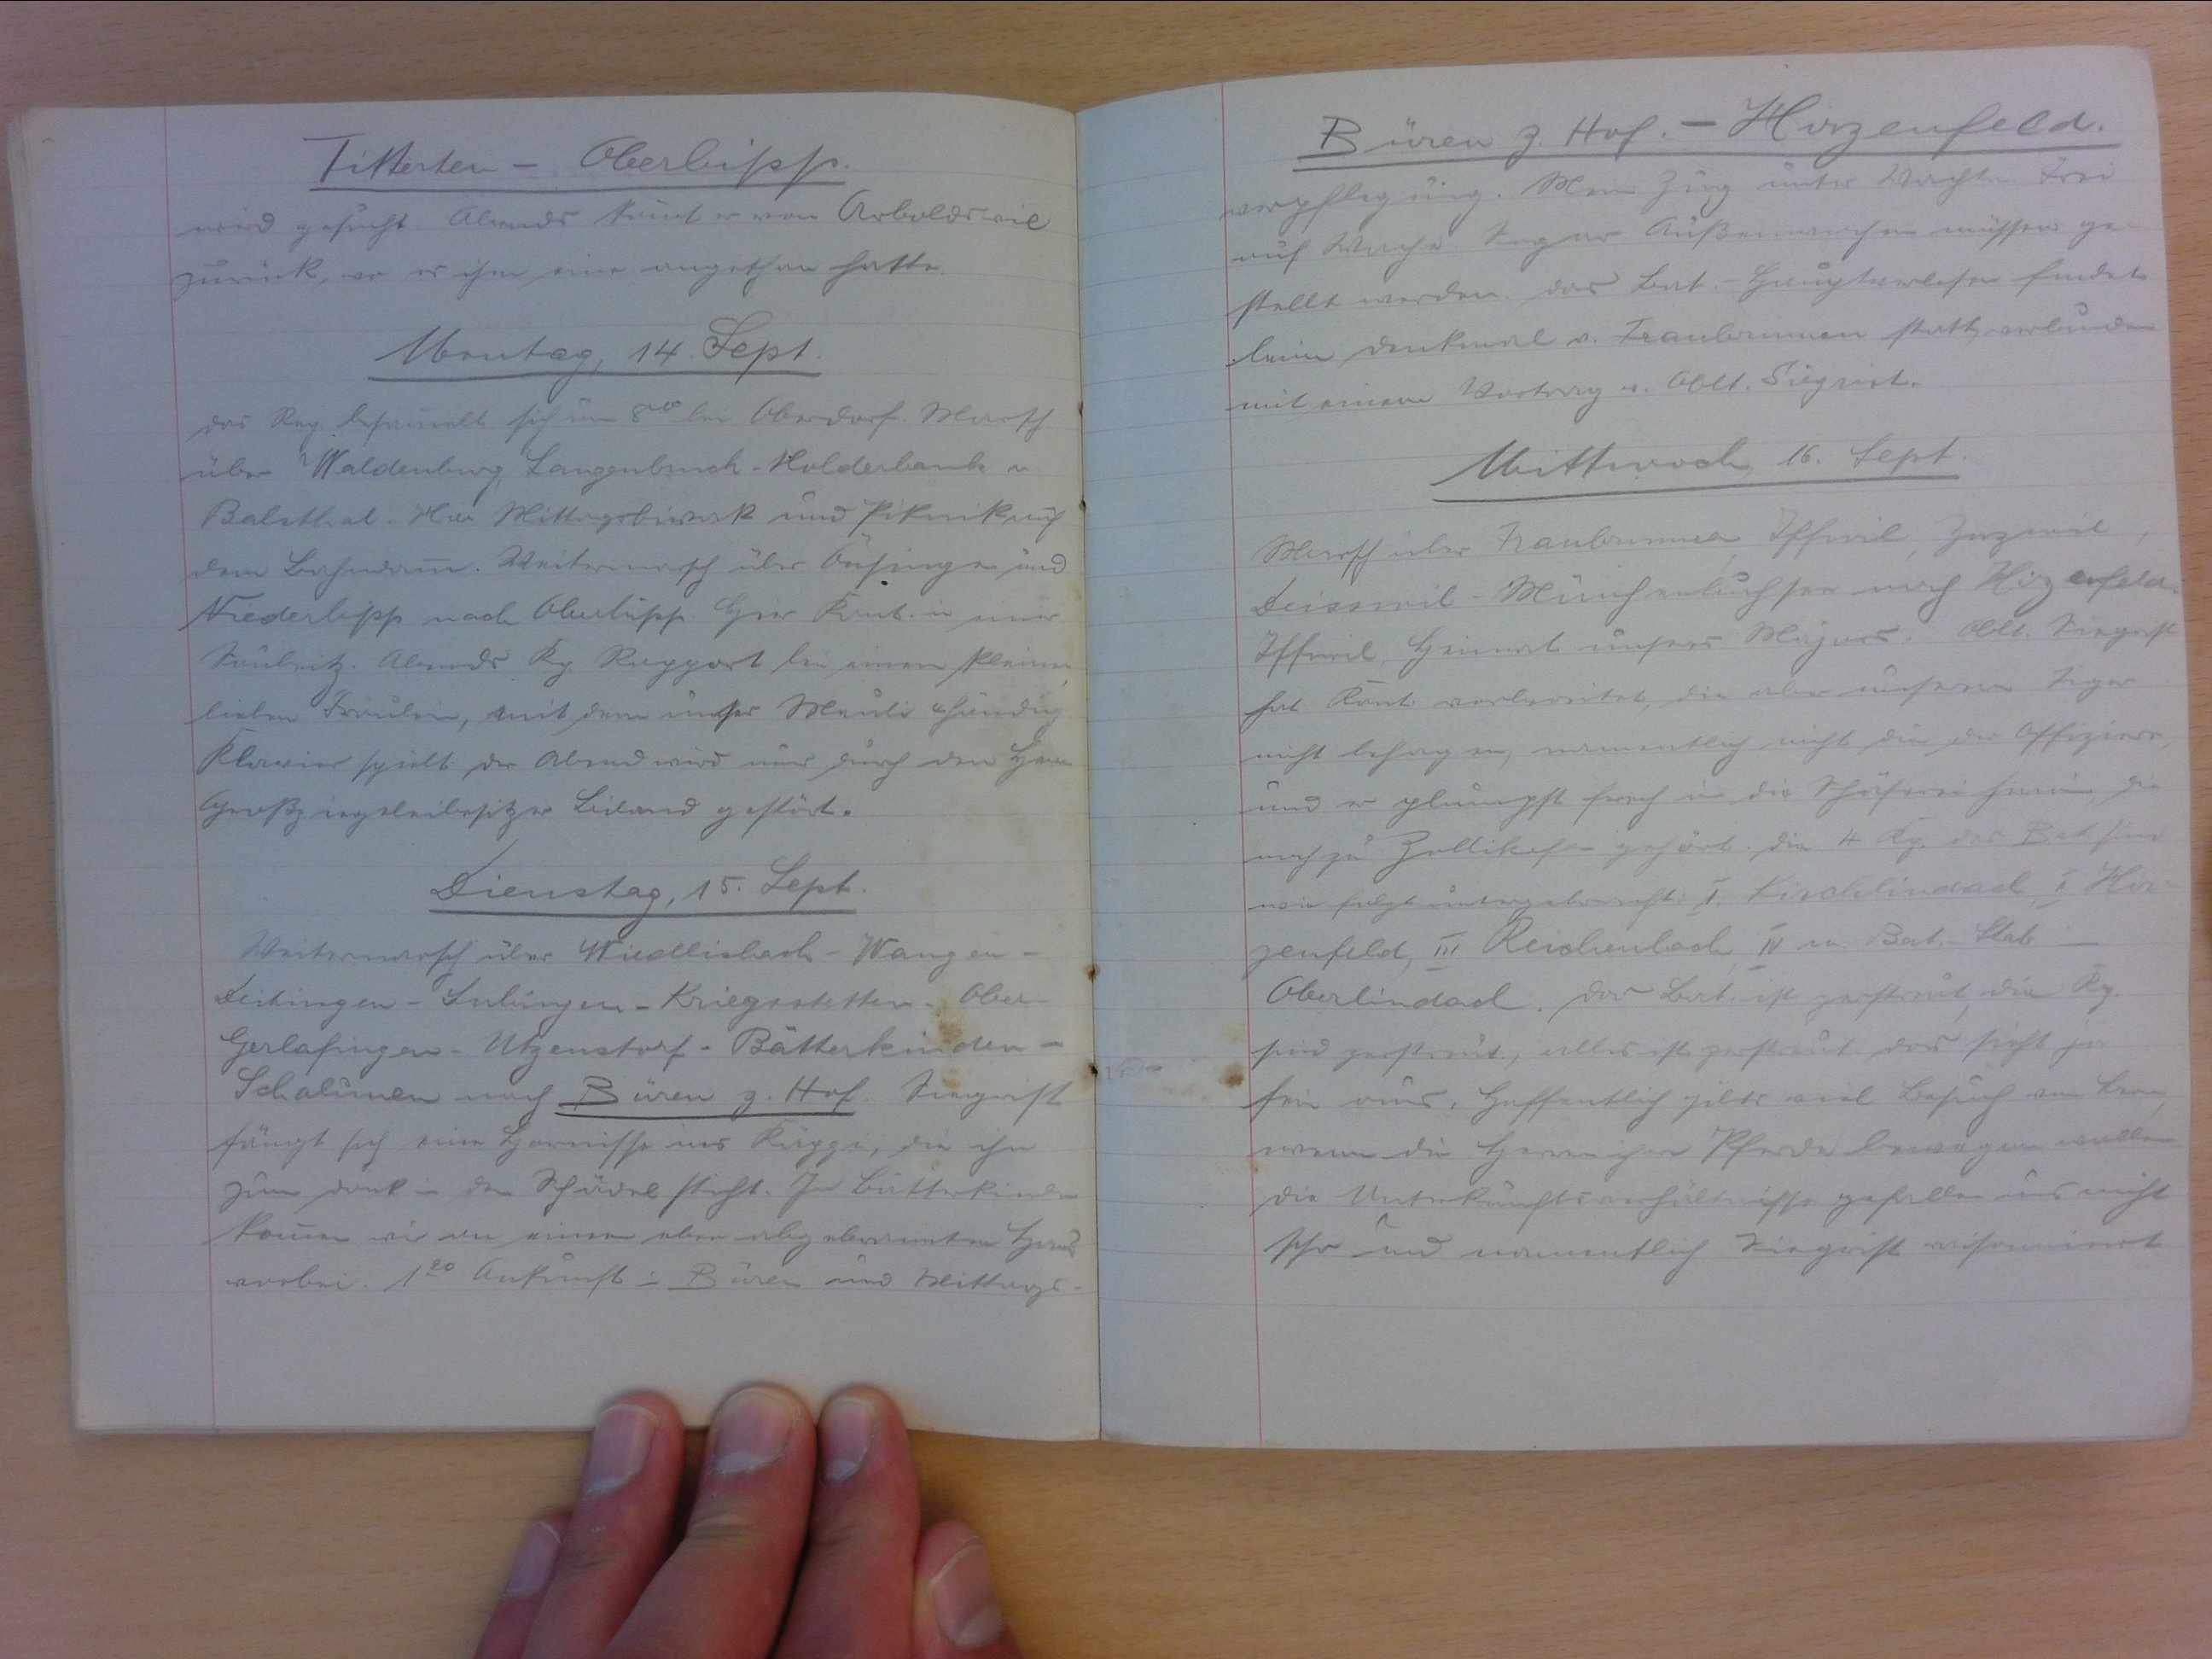
Titterten - Oberbipp
wird gefragt. Abends kommt er von Arboldswil
zurück, wo es ihm eine angethan hatte.
Montag, 14. Sept.
Das Reg. besammelt sich um 800 bei Oberdort. Marsch
über Waldenburg, Langenbruck, Holderbank n.
Balsthal. Hier Mittagsbiwak und Piknick auf
dem Bahndamm. Weitermarsch über Önsingen und
Niederbibb nach Oberbipp. Hier Kant. in einer
Saubeitz. Abends Kp. Rapport bei einem kleinen
lieben Fräulein, mit dem unser Meuli 4händig
Klavier spielt. Der Abend wird uns durch den Herrn
Grossziegeleibesitzer Biland gestört.
Dienstag, 15. Sept.
Weitermarsch über Wiedlisbach-Wangen-
Deitingen-Subingen-Kriegsstetten-Ober-
ferladinfen-Utzenstorf-Bätterkinden
Schalunen nach Büren z. Hof. Siegrist
fängt sich eine Hornisse ins Käppi, die ihn
zum dank in den schädel sticht. In Bätterkinden
kommen wir an einem eben abgebrannten Haus
vorbei. 120 Ankunft i. Büren und Mittags-

Büren z. Hof - Hirzenfeld
verpflegung. Mein Zug unter Wachtm. Josi
auf Wache. Sogar Aussenwachen müssen ge-
stellt werden. Das Bat.-Hauptverlesen findet
beim Denkmal v. Fraubrunnen statt, verbunden
mit einem Vortrag v. Oblt. Siegrist.
Mittwoch, 16. Sept.
Marsch über Fraubrunnen, Iffwil, Zuzwil,
Deisswil-Münchenbuchsee nach Hirzenfelden
Iffwil, Heimat unsres Majors. Oblt. Siegrist
hat Kant. vorbereitet, die aber unseren Zügen
nicht behagen, namentlich nicht die der Offiziere,
und so plumpst frech in die Schäferei hinein, die
noch zu Zollikofen gehört. Die 4 Kp. das Bat sind
wie folgt untergebracht: I. Kirchlindach, II. Hirz-
zenfeld, III. Reichenbach, IV. m. Bat.-Stab in
Oberlindach. Das Bat ist zerstreut, die Kp.
sind zerstreut, alles ist zerstreut. Das sieht ja
fein aus, hoffentlich gibts viel Besuch aus Bern,
wenn die Herren ihre Pferde bewegen wollen.
Die Unterkunftsverhältnisse gefallen uns nicht
sehr und namentlich Siegrist mitonniert